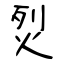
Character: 烮